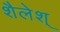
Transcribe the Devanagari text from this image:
शैलेश्